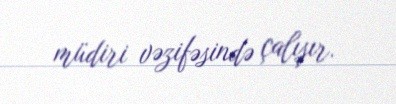
müdiri vəzifəsində çalışır.